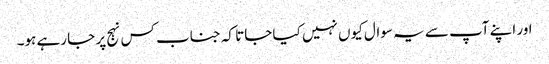
اور اپنے آپ سے یہ سوال کیوں نہیں کیا جاتا کہ جناب کس نہج پر جا رہے ہو۔